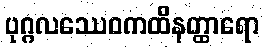
ပုဂ္ဂလဿေဝကထိနတ္ထာရော